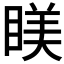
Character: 𥈢